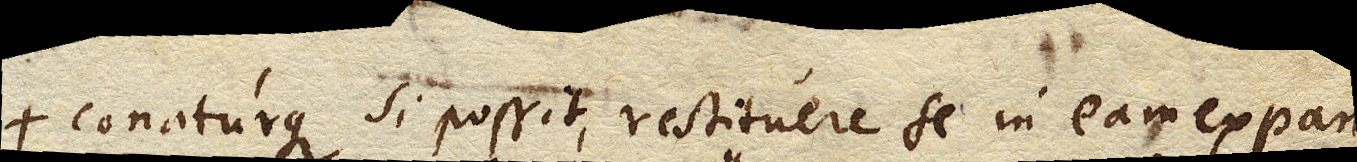
Conaturque si possit, restituere se in eam expansionem,